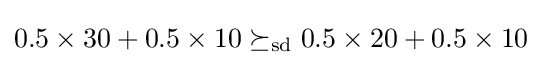
0.5\times 30+0.5\times 10\succeq _{\mathrm {sd} }0.5\times 20+0.5\times 10